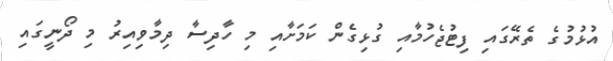
އުޅުމުގެ ތެރޭގައި ފިޓުޖެހުމާއި ގުޅިގެން ކަމަށާއި މި ހާދިސާ ދިމާވިއިރު މި ދޯނީގައި